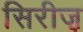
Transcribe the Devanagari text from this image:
सिरीज़़